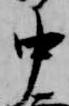
中